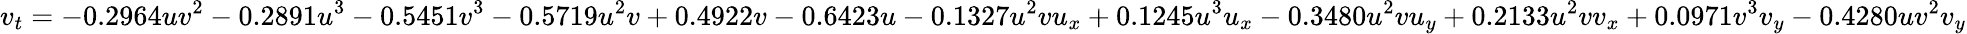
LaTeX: v_{t}=-0.2964uv^{2}-0.2891u^{3}-0.5451v^{3}-0.5719u^{2}v+0.4922v-0.6423u-0.1327u^{2}vu_{x}+0.1245u^{3}u_{x}-0.3480u^{2}vu_{y}+0.2133u^{2}vv_{x}+0.0971v^{3}v_{y}-0.4280uv^{2}v_{y}